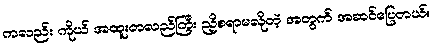
ကလည်း ကိုယ် အထူးတလည်ကြီး ညှိစရာမလိုတဲ့ အတွက် အဆင်ပြေတယ်။